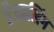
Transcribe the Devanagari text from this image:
है।कलिंग